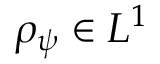
\rho _ { \psi } \in L ^ { 1 }